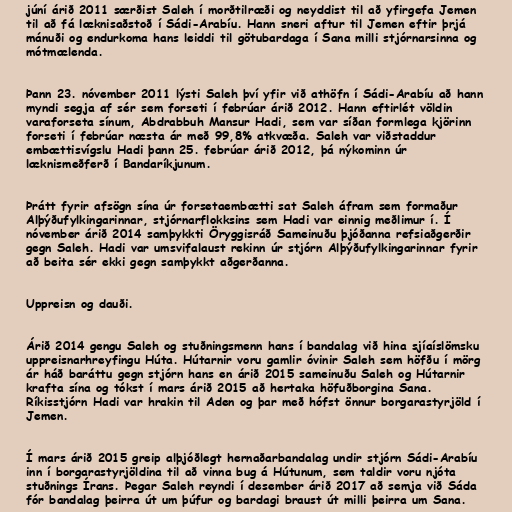
júní árið 2011 særðist Saleh í morðtilræði og neyddist til að yfirgefa Jemen
til að fá læknisaðstoð í Sádi-Arabíu. Hann sneri aftur til Jemen eftir þrjá
mánuði og endurkoma hans leiddi til götubardaga í Sana milli stjórnarsinna og
mótmælenda.

Þann 23. nóvember 2011 lýsti Saleh því yfir við athöfn í Sádi-Arabíu að hann
myndi segja af sér sem forseti í febrúar árið 2012. Hann eftirlét völdin
varaforseta sínum, Abdrabbuh Mansur Hadi, sem var síðan formlega kjörinn
forseti í febrúar næsta ár með 99,8% atkvæða. Saleh var viðstaddur
embættisvígslu Hadi þann 25. febrúar árið 2012, þá nýkominn úr
læknismeðferð í Bandaríkjunum.

Þrátt fyrir afsögn sína úr forsetaembætti sat Saleh áfram sem formaður
Alþýðufylkingarinnar, stjórnarflokksins sem Hadi var einnig meðlimur í. Í
nóvember árið 2014 samþykkti Öryggisráð Sameinuðu þjóðanna refsiaðgerðir
gegn Saleh. Hadi var umsvifalaust rekinn úr stjórn Alþýðufylkingarinnar fyrir
að beita sér ekki gegn samþykkt aðgerðanna.

Uppreisn og dauði.

Árið 2014 gengu Saleh og stuðningsmenn hans í bandalag við hina sjíaíslömsku
uppreisnarhreyfingu Húta. Hútarnir voru gamlir óvinir Saleh sem höfðu í mörg
ár háð baráttu gegn stjórn hans en árið 2015 sameinuðu Saleh og Hútarnir
krafta sína og tókst í mars árið 2015 að hertaka höfuðborgina Sana.
Ríkisstjórn Hadi var hrakin til Aden og þar með hófst önnur borgarastyrjöld í
Jemen.

Í mars árið 2015 greip alþjóðlegt hernaðarbandalag undir stjórn Sádi-Arabíu
inn í borgarastyrjöldina til að vinna bug á Hútunum, sem taldir voru njóta
stuðnings Írans. Þegar Saleh reyndi í desember árið 2017 að semja við Sáda
fór bandalag þeirra út um þúfur og bardagi braust út milli þeirra um Sana.